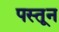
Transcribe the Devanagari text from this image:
पस्तून